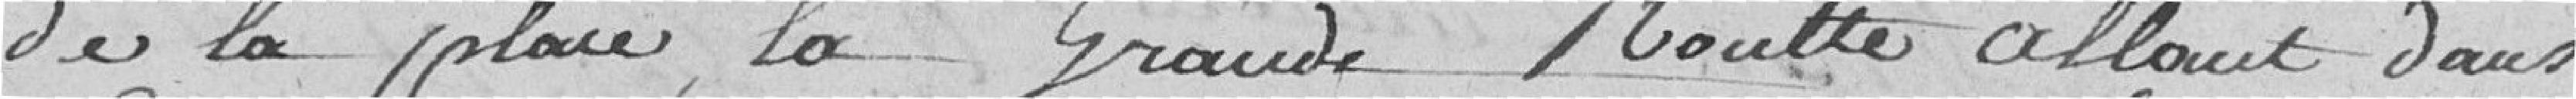
de la place, la grande routte allant dans